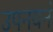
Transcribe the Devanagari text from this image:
उपनयनं